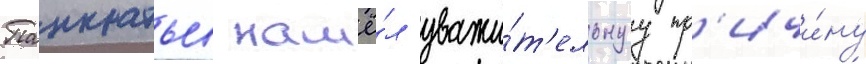
Панкратьев нашё́л уважи́т'ельнуу пр'ичи́ну